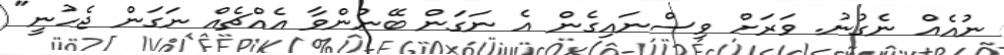
ނުއެއް ނެގުނު. ވަރަށް ވިސްނައިގެން އެ ނަގަން ބޭނުންވާ އެއްޗެއް ނަގަން ޖެހުނީ"